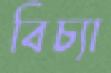
বিচ্যা